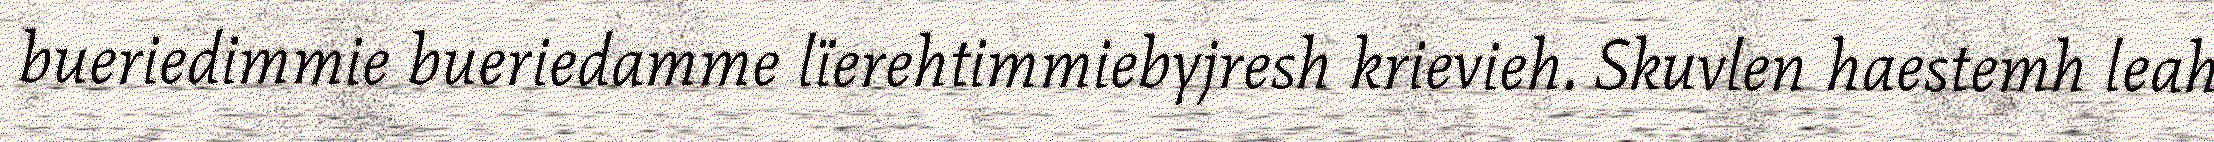
bueriedimmie bueriedamme lïerehtimmiebyjresh krievieh. Skuvlen haestemh leah